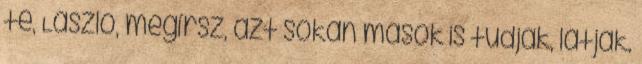
te, László, meg­írsz, azt sokan mások is tudják, látják.